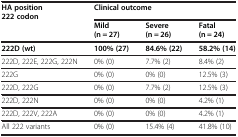
| HA position 222 codon | <COLSPAN=3> Clinical outcome |
 | --- | --- | --- | --- |
 |  | Mild (n = 27) | Severe (n = 26) | Fatal (n = 24) |
 | 222D (wt) | 100% (27) | 84.6% (22) | 58.2% (14) |
 | 222D, 222E, 222G, 222N | 0% (0) | 7.7% (2) | 8.4% (2) |
 | 222G | 0% (0) | 0% (0) | 12.5% (3) |
 | 222D, 222G | 0% (0) | 7.7% (2) | 12.5% (3) |
 | 222D, 222N | 0% (0) | 0% (0) | 4.2% (1) |
 | 222D, 222V, 222A | 0% (0) | 0% (0) | 4.2% (1) |
 | All 222 variants | 0% (0) | 15.4% (4) | 41.8% (10) |